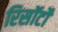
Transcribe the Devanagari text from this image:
रिसॉर्टों